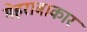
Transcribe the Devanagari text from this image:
मेहराबाकार